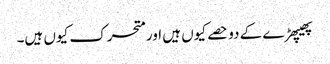
پھیپھڑے کے دو حصے کیوں ہیں اور متحرک کیوں ہیں۔